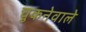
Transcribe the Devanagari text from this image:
चुकनेवाले